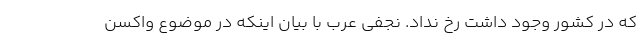
که در کشور وجود داشت رخ نداد. نجفی عرب با بیان اینکه در موضوع واکسن